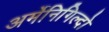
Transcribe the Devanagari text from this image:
अर्मेनिगिल्दो